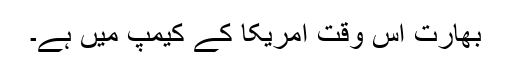
بھارت اس وقت امریکا کے کیمپ میں ہے۔